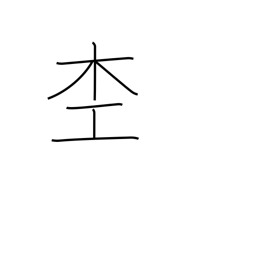
Meaning: woodworker